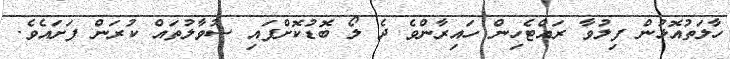
ހާލަތުއޮޅުން ފިލުވާ ރައްޓެހިން ހައިރާންވެ ދެ ލޯ ބޮޑުކޮށްފައި ސުވާލުތައް ކުރަން ފަށައެވެ.